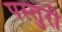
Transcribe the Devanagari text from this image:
पस्तुरी